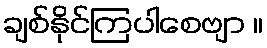
ချစ်နိုင်ကြပါစေဗျာ ။